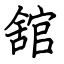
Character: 舘